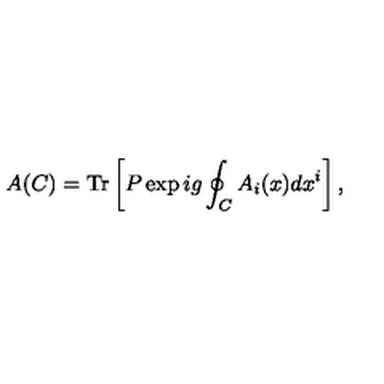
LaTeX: A ( C ) = \mathrm { T r } \left[ P \exp i g \oint _ { C } A _ { i } ( x ) d x ^ { i } \right] ,